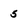
Character: 5